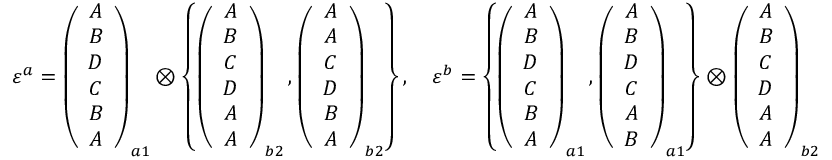
\begin{array} { r } { \varepsilon ^ { a } = \left( \begin{array} { c } { A } \\ { B } \\ { D } \\ { C } \\ { B } \\ { A } \end{array} \right) _ { a 1 } \otimes \left\{ \left( \begin{array} { c } { A } \\ { B } \\ { C } \\ { D } \\ { A } \\ { A } \end{array} \right) _ { b 2 } , \left( \begin{array} { c } { A } \\ { A } \\ { C } \\ { D } \\ { B } \\ { A } \end{array} \right) _ { b 2 } \right\} , \quad \varepsilon ^ { b } = \left\{ \left( \begin{array} { c } { A } \\ { B } \\ { D } \\ { C } \\ { B } \\ { A } \end{array} \right) _ { a 1 } , \left( \begin{array} { c } { A } \\ { B } \\ { D } \\ { C } \\ { A } \\ { B } \end{array} \right) _ { a 1 } \right\} \otimes \left( \begin{array} { c } { A } \\ { B } \\ { C } \\ { D } \\ { A } \\ { A } \end{array} \right) _ { b 2 } } \end{array}